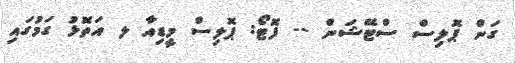
ގަން ޕޮލިސް ސްޓޭޝަން -- ފޮޓޯ: ޕޮލިސް މީޑިއާ ލ އަތޮޅު ގަމުގައި